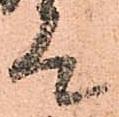
太